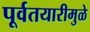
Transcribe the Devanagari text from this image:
पूर्वतयारीमुळे